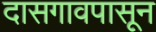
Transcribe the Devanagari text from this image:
दासगावपासून